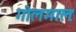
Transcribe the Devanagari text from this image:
गोलमालः